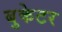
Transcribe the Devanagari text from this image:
बुकेटर